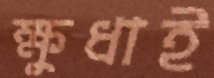
ক্ষুধাই